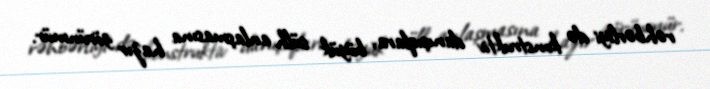
rəhbərliyi də konstruktiv danışıqlara, böyük sülh anlaşmasına hazır görünmür.